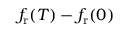
f _ { \mathrm { r } } ( T ) - f _ { \mathrm { r } } ( 0 )